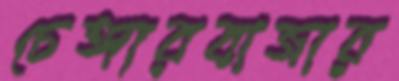
চেঙ্গারবাজার